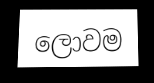
ලොවම